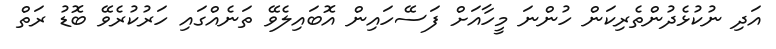
އަދި ނުކުޅެދުންތެރިކަން ހުންނަ މީހާއަށް ފަސޭހައިން އޮބައިލެވޭ ތަނެއްގައި ހަރުކުރެވޭ ބޮޑު ރަތް